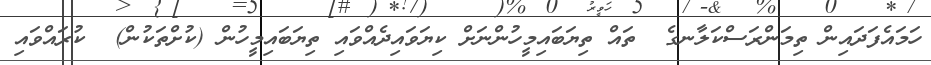
ހަމައެފަދައިން ތިމަންރަސްކަލާނގެ  ތައް ތިޔަބައިމީހުންނަށް ކިޔަވައިދެއްވައި ތިޔަބައިމީހުން (ކުށްތަކުން)  ކުރައްވައި